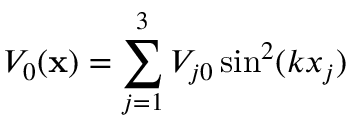
V _ { 0 } ( \mathbf { x } ) = \sum _ { j = 1 } ^ { 3 } V _ { j 0 } \sin ^ { 2 } ( k x _ { j } )